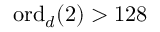
\mathrm { o r d } _ { d } ( 2 ) > 1 2 8